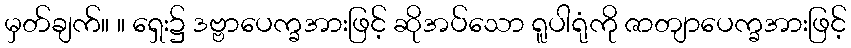
မှတ်ချက်။ ။ ရှေး၌ ဒဗ္ဗာပေက္ခအားဖြင့် ဆိုအပ်သော ရူပါရုံကို ဇာတျာပေက္ခအားဖြင့်